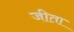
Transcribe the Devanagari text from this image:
जीता